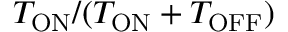
T _ { \mathrm { O N } } / ( T _ { \mathrm { O N } } + T _ { \mathrm { O F F } } )